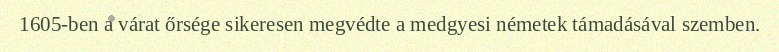
1605-ben a várat őrsége sikeresen megvédte a medgyesi németek támadásával szemben.